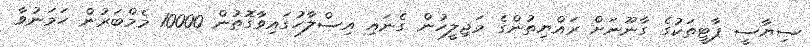
ސިޔާސީ ޕާޓީތަކުގެ ގާނޫނަށް ރައްޔިތުންގެ މަޖިލީހުން ގެނައި އިސްލާހުގައިވާގޮތުން 10000 މެމްބަރުން ހަމަނުވާ